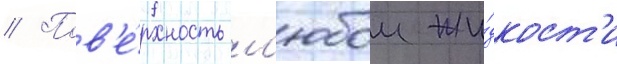
// Пов'е́рхность л'юбои жи́дкост'и